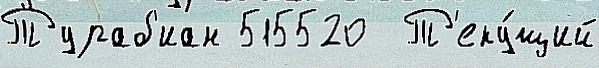
Тураб'иан 515520  Т'еку́щий